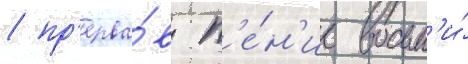
/ пр'ерва́в п'е́н'ие восьм'и́